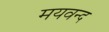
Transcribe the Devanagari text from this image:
मयवन्द